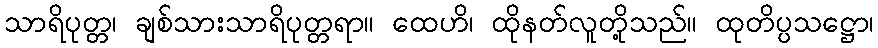
သာရိပုတ္တ၊ ချစ်သားသာရိပုတ္တရာ။ ထေဟိ၊ ထိုနတ်လူတို့သည်။ ထုတိပ္ပသဋ္ဌော၊